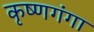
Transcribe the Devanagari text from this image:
कृष्णगंगा